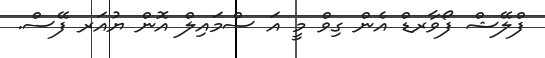
ފްލޭޝް ފޯވާރޑް އެން ގިވް މީ އަ ސްމައިލް އޮން ޔުއަރ ފޭސް.